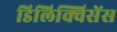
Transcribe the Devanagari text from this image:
डिलिक्विसेंस